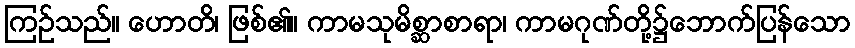
ကြဉ်သည်။ ဟောတိ၊ ဖြစ်၏။ ကာမသုမိစ္ဆာစာရာ၊ ကာမဂုဏ်တို့၌ဘောက်ပြန်သော